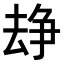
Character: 𠬉